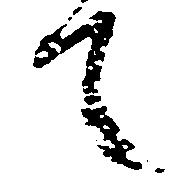
て